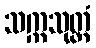
သက္ကသုတ္တံ